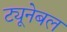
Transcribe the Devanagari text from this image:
ट्यूनेबल